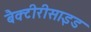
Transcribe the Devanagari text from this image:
बैक्टीरीसाइड